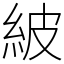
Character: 紴